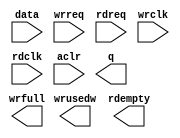
module fifo_ddr_wr_ins (
		input  wire [545:0] data,    //  fifo_input.datain
		input  wire         wrreq,   //            .wrreq
		input  wire         rdreq,   //            .rdreq
		input  wire         wrclk,   //            .wrclk
		input  wire         rdclk,   //            .rdclk
		input  wire         aclr,    //            .aclr
		output wire [545:0] q,       // fifo_output.dataout
		output wire [7:0]   wrusedw, //            .wrusedw
		output wire         rdempty, //            .rdempty
		output wire         wrfull   //            .wrfull
	);
endmodule